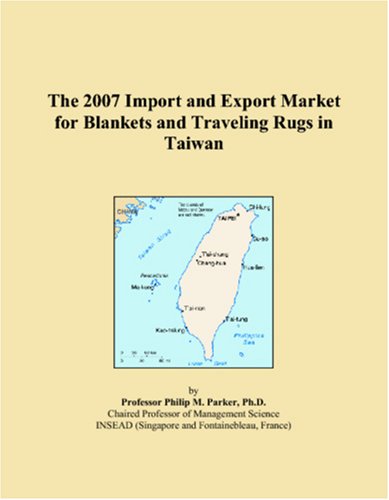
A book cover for The 2007 Import and Export Market for Blankets and Traveling Rugs in Taiwan; Parker, Philip M.; Travel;